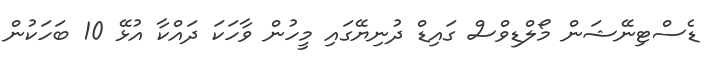
ޑެސްޓިނޭޝަން މޯލްޑިވްސް ގައިޑް ދުނިޔޭގައި މީހުން ވާހަކަ ދައްކާ އުޅޭ 10 ބަހަކުން